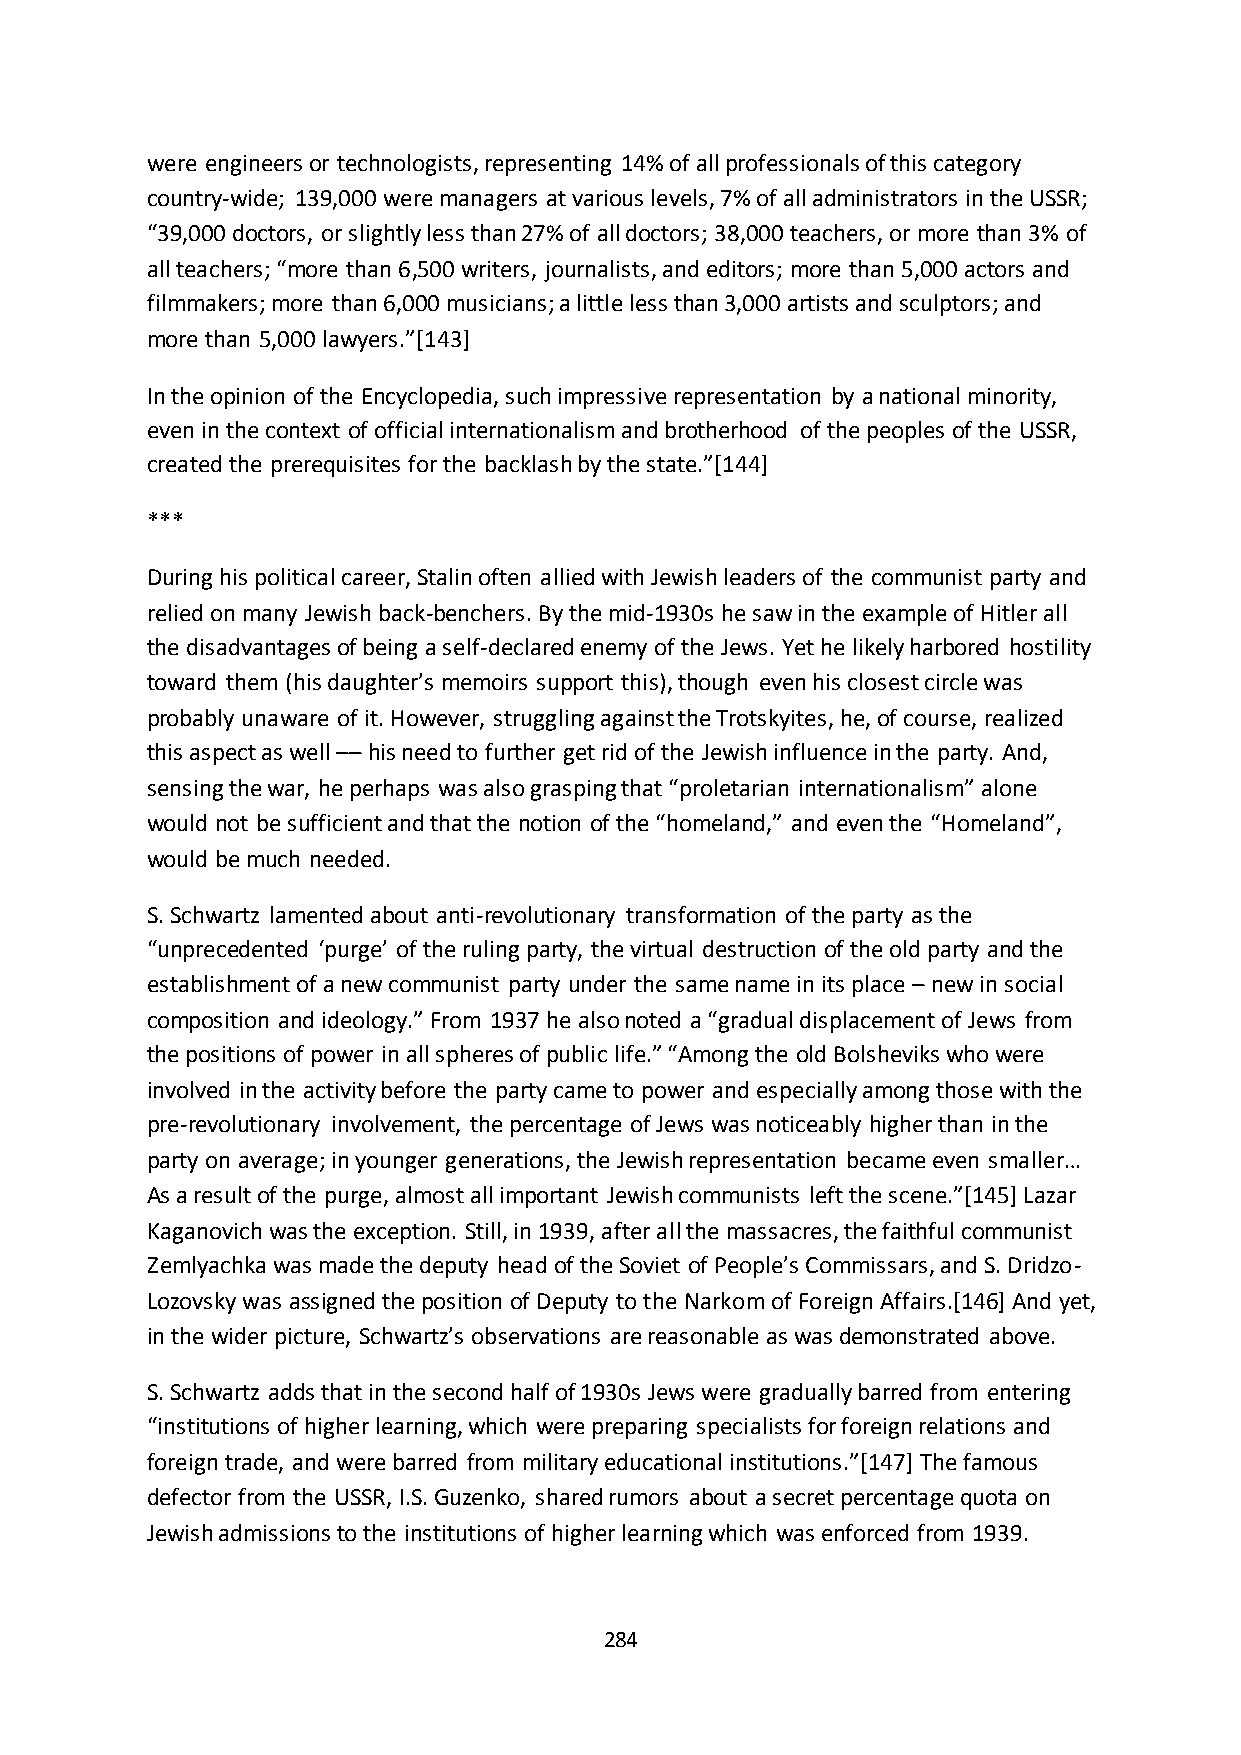
were engineers or technologists, representing 14% of all professionals of this category
 country-wide; 139,000 were managers at various levels, 7% of all administrators in the USSR;
 “39,000 doctors, or slightly less than 27% of all doctors; 38,000 teachers, or more than 3% of
 all teachers; “more than 6,500 writers, journalists, and editors; more than 5,000 actors and
 filmmakers; more than 6,000 musicians; a little less than 3,000 artists and sculptors; and
 more than 5,000 lawyers.”*143+
 In the opinion of the Encyclopedia, such impressive representation by a national minority,
 even in the context of official internationalism and brotherhood of the peoples of the USSR,
 created the prerequisites for the backlash by the state.”*144+
 ***
 During his political career, Stalin often allied with Jewish leaders of the communist party and
 relied on many Jewish back-benchers. By the mid-1930s he saw in the example of Hitler all
 the disadvantages of being a self-declared enemy of the Jews. Yet he likely harbored hostility
 toward them (his daughter’s memoirs support this), though even his closest circle was
 probably unaware of it. However, struggling against the Trotskyites, he, of course, realized
 this aspect as well –– his need to further get rid of the Jewish influence in the party. And,
 sensing the war, he perhaps was also grasping that “proletarian internationalism” alone
 would not be sufficient and that the notion of the “homeland,” and even the “Homeland”,
 would be much needed.
 S. Schwartz lamented about anti-revolutionary transformation of the party as the
 “unprecedented ‘purge’ of the ruling party, the virtual destruction of the old party and the
 establishment of a new communist party under the same name in its place – new in social
 composition and ideology.” From 1937 he also noted a “gradual displacement of Jews from
 the positions of power in all spheres of public life.” “Among the old Bolsheviks who were
 involved in the activity before the party came to power and especially among those with the
 pre-revolutionary involvement, the percentage of Jews was noticeably higher than in the
 party on average; in younger generations, the Jewish representation became even smaller…
 As a result of the purge, almost all important Jewish communists left the scene.”*145+ Lazar
 Kaganovich was the exception. Still, in 1939, after all the massacres, the faithful communist
 Zemlyachka was made the deputy head of the Soviet of People’s Commissars, and S. Dridzo-
 Lozovsky was assigned the position of Deputy to the Narkom of Foreign Affairs.[146] And yet,
 in the wider picture, Schwartz’s observations are reasonable as was demonstrated above.
 S. Schwartz adds that in the second half of 1930s Jews were gradually barred from entering
 “institutions of higher learning, which were preparing specialists for foreign relations and
 foreign trade, and were barred from military educational institutions.”*147+ The famous
 defector from the USSR, I.S. Guzenko, shared rumors about a secret percentage quota on
 Jewish admissions to the institutions of higher learning which was enforced from 1939.
 284